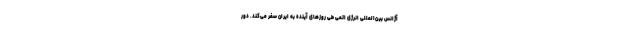
آژانس بین‌المللی انرژی اتمی طی روزهای آینده به ایران سفر می‌کند. دور